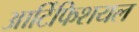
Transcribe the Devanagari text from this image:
आर्टिफिशयल